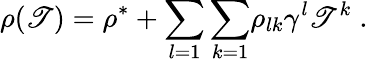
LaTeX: \rho(\mathscr{T})=\rho^{*}+{\sum_{l=1}\sum_{k=1}}\rho_{lk}\gamma^{l}\mathscr{T}^{k}\; .